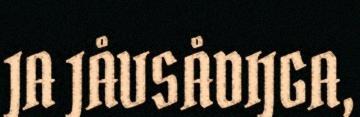
JA JÅVSÅDIJGA,